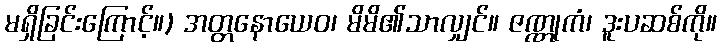
မရှိခြင်းကြောင့်။) အတ္တနောယေဝ၊ မိမိ၏သာလျှင်။ ဇဏ္ဏုကံ၊ ဒူးပဆစ်ကို။